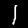
Digit: 1